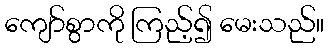
ကျော်စွာကို ကြည့်၍ မေးသည်။